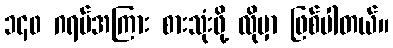
၁၄၀ ဂရမ်အကြား စားသုံးဖို့ လိုမှာ ဖြစ်ပါတယ်။